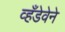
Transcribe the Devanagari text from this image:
व्हँडेवेने